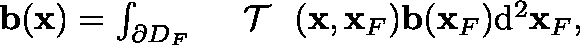
\begin{array} { r } { { \bf b } ( { \bf x } ) = \int _ { \partial \mathbb { D } _ { F } } { { { \mathrm { ~ \boldmath ~ { ~ \cal ~ T ~ } ~ } } } } ( { \bf x } , { \bf x } _ { F } ) { \bf b } ( { \bf x } _ { F } ) \mathrm { d } ^ { 2 } { \bf x } _ { F } , } \end{array}